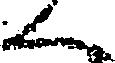
く